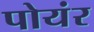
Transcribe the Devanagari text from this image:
पोयंर